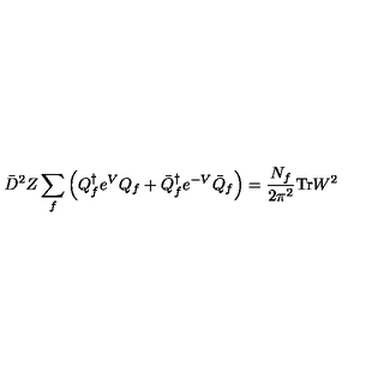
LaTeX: \bar { D } ^ { 2 } Z \sum _ { f } \left( { Q } _ { f } ^ { \dagger } e ^ { V } { Q } _ { f } + \bar { Q } _ { f } ^ { \dagger } e ^ { - V } \bar { Q } _ { f } \right) = \frac { N _ { f } } { 2 \pi ^ { 2 } } \mathrm { T r } W ^ { 2 }